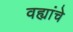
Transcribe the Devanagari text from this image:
वह्यांचे